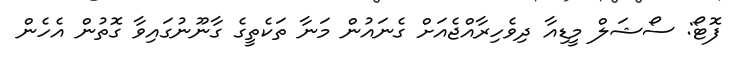
ފޮޓޯ: ސޯޝަލް މީޑިއާ ދިވެހިރާއްޖެއަށް ގެނައުން މަނާ ތަކެތީގެ ގާނޫނުގައިވާ ގޮތުން އެހެން